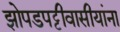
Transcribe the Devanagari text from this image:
झोपडपट्टीवासीयांना